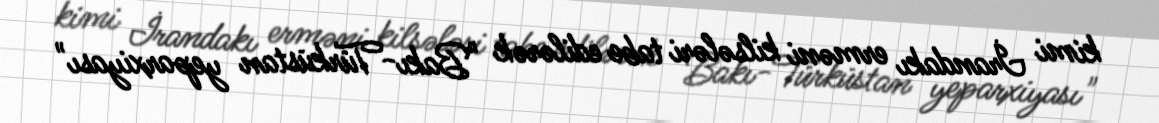
kimi İrandakı erməni kilsələri tabe edilərək "Bakı-Türküstan yeparxiyası"